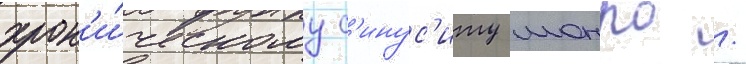
хрон'и́ческому с'инус'иту монро /